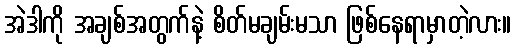
အဲဒါကို အချစ်အတွက်နဲ့ စိတ်မချမ်းမသာ ဖြစ်နေရာမှာတဲ့လား။